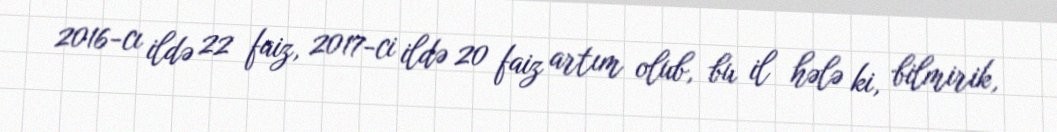
2016-cı ildə 22 faiz, 2017-ci ildə 20 faiz artım olub, bu il hələ ki, bilmirik,